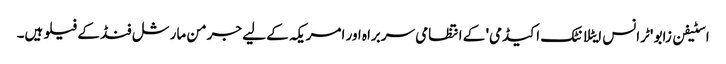
اسٹیفن زابو 'ٹرانس ایٹلانٹک اکیڈمی' کے انتظامی سربراہ اور امریکہ کے لیے جرمن مارشل فنڈ کے فیلو ہیں۔